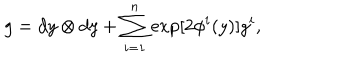
g = d y \otimes d y + \sum _ { i = 1 } ^ { n } \exp [ 2 { \phi ^ { i } } ( y ) ] g ^ { i } ,